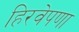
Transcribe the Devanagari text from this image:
हिरवेपणा